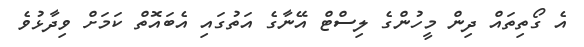
އެ ގޯތިތައް ދިން މީހުންގެ ލިސްޓް އޭނާގެ އަތުގައި އެބައޮތް ކަމަށް ވިދާޅުވެ